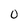
Character: 0